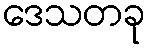
ဒေသတခု